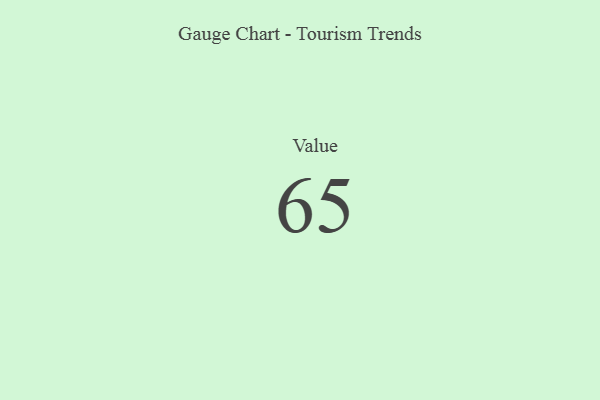
{"axis": {"x": "Metric", "y": "Value"}, "legend": [""], "data": [{"x": "Value", "y": 65, "type": ""}]}